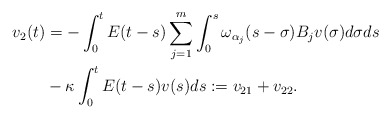
\begin{align*} v_2(t) & = - \int_0^t E(t-s) \sum\limits_{j=1}^{m} \int_0^s \omega_{\alpha_j}(s-\sigma)B_jv(\sigma)d\sigma ds \\ & - \kappa \int_0^t E(t-s)v(s)ds := v_{21} + v_{22}. \end{align*}